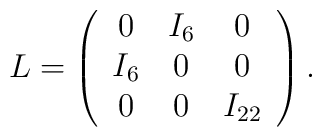
L = \left(\begin{array} {ccc} 0 & I_6 & 0 \cr I_6 & 0 & 0 \cr 0 & 0 & I_{22}\end{array}\right).